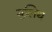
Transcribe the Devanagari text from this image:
बुलिथ